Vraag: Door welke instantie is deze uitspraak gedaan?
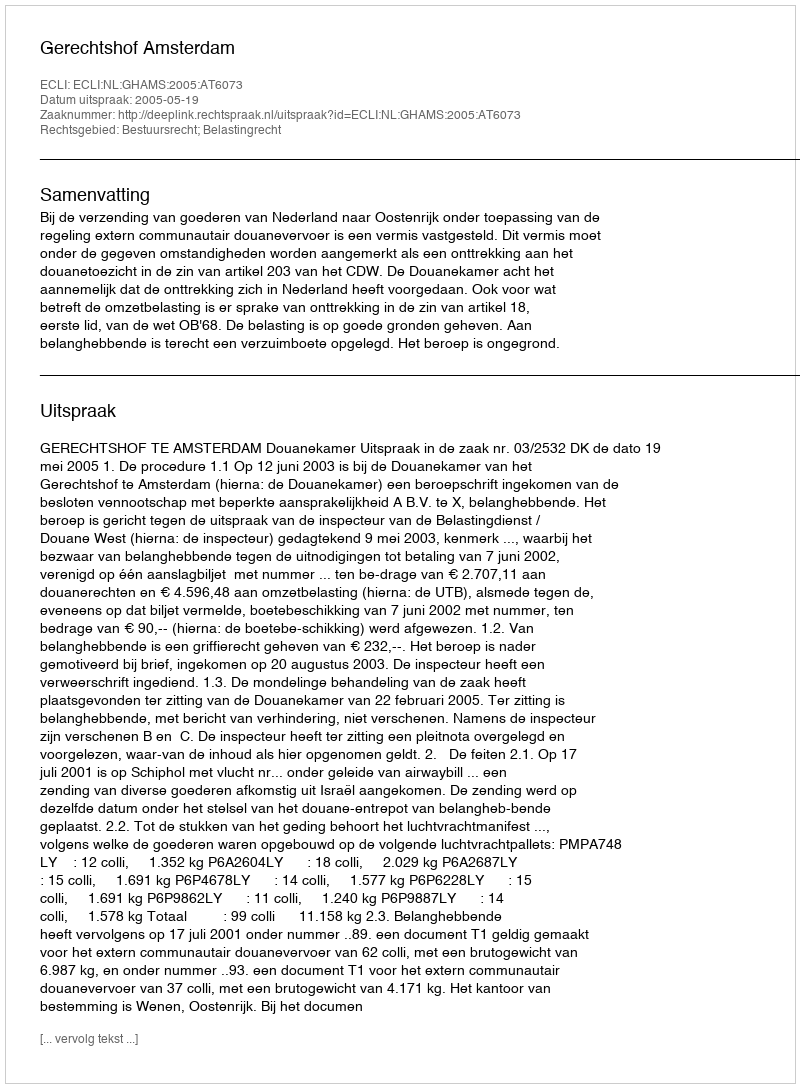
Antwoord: Gerechtshof Amsterdam